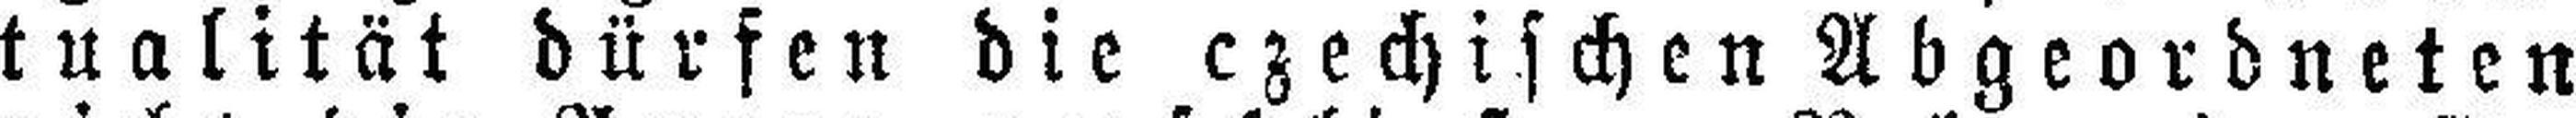
tualität dürfen die czechischen Abgeordneten